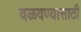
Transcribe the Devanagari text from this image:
वळवण्यासाठी